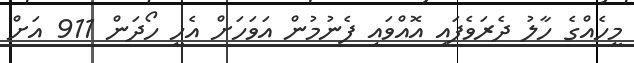
މީހެއްގެ ހާލު ދެރަވެފައި އޮއްވައި ފެނުމުން އަވަހަށް އެހީ ހޯދަން 911 އަށް